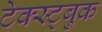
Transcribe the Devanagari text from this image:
टेक्स्ट्बुक